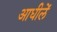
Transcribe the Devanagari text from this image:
आधीलें